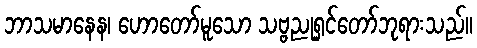
ဘာသမာနေန၊ ဟောတော်မူသော သဗ္ဗညုရှင်တော်ဘုရားသည်။